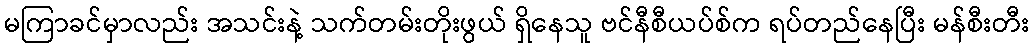
မကြာခင်မှာလည်း အသင်းနဲ့ သက်တမ်းတိုးဖွယ် ရှိနေသူ ဗင်နီစီယပ်စ်က ရပ်တည်နေပြီး မန်စီးတီး